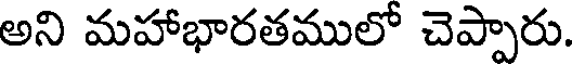
అని మహాభారతములో చెప్పారు.